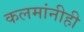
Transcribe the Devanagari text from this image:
कलमांनीही